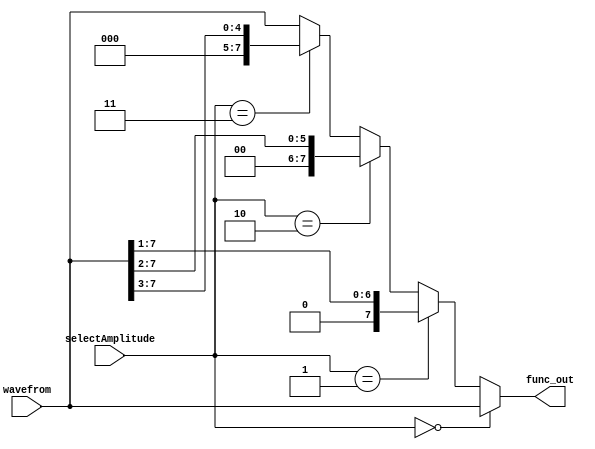
`timescale 1ps/ 1ps

module amplitudeSelector(input[7:0] wavefrom, input[1:0] selectAmplitude, output[7:0] func_out);
  assign func_out = (selectAmplitude == 2'b00)? (wavefrom):
		    (selectAmplitude == 2'b01)? (wavefrom >> 1):
		    (selectAmplitude == 2'b10)? (wavefrom >> 2):
                    (selectAmplitude == 2'b11)? (wavefrom >> 3):(wavefrom);
endmodule